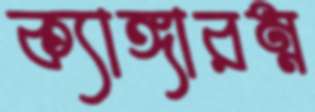
ক্যাঙ্গারম্ন